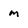
Character: m